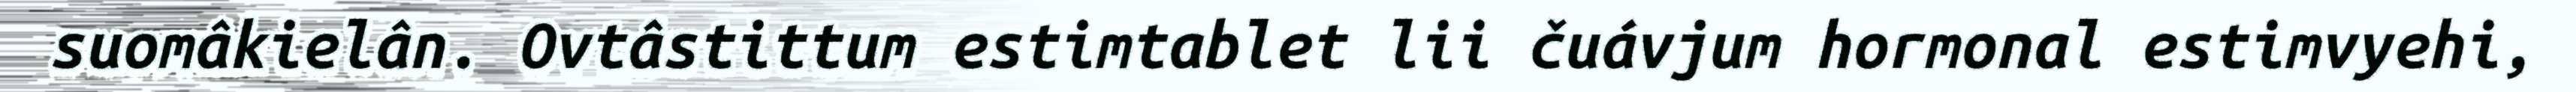
suomâkielân. Ovtâstittum estimtablet lii čuávjum hormonal estimvyehi,